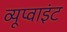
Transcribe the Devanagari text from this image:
व्यूप्वाइंट